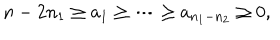
n - 2 n _ { 1 } \geq a _ { 1 } \geq \cdots \geq a _ { n _ { 1 } - n _ { 2 } } \geq 0 ,